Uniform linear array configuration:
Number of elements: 4
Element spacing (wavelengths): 0.5
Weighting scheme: binomial
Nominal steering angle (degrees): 0
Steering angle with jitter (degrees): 0.7368
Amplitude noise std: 0.05
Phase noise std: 0.05

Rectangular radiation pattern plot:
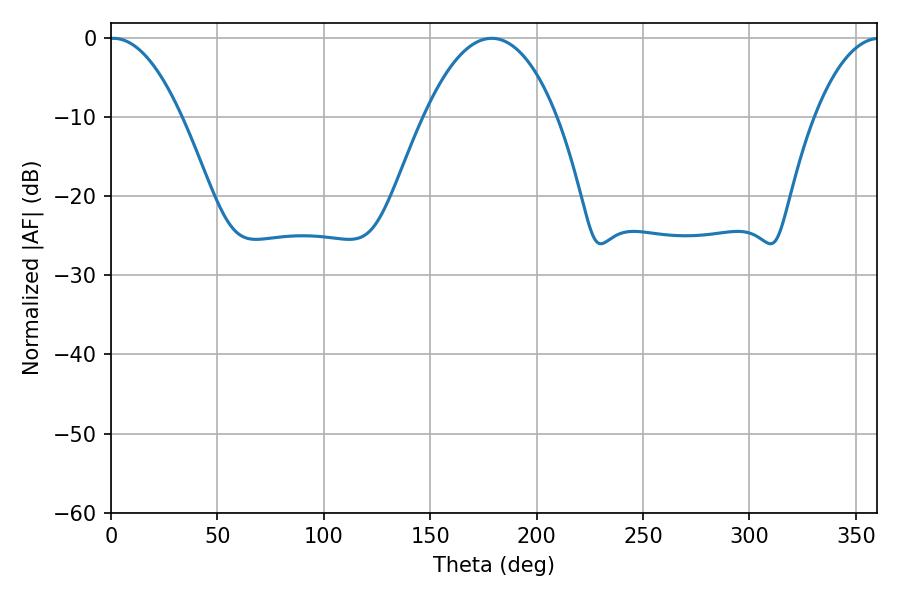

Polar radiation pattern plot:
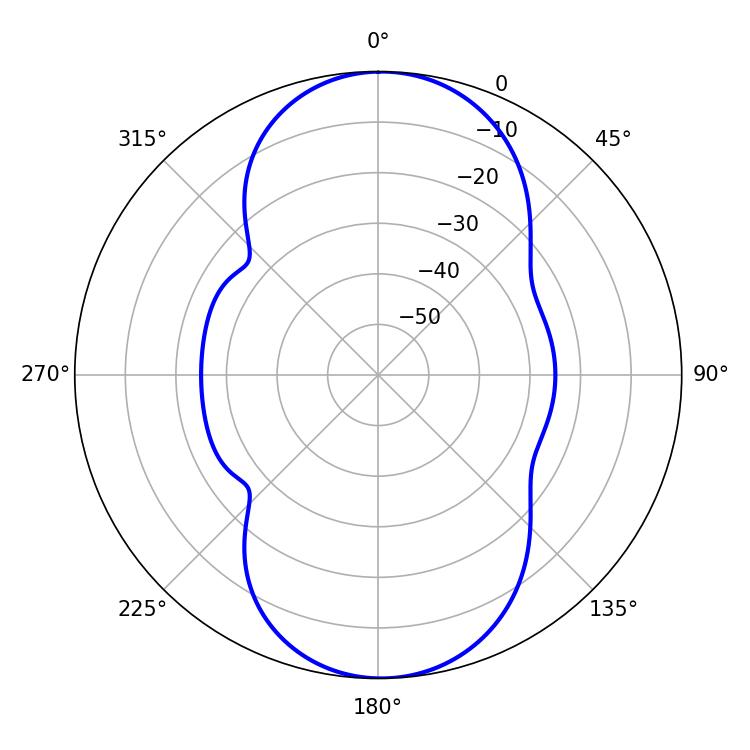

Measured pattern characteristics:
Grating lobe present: FALSE
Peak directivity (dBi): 17.474
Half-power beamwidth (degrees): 18.72
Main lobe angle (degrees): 1.08